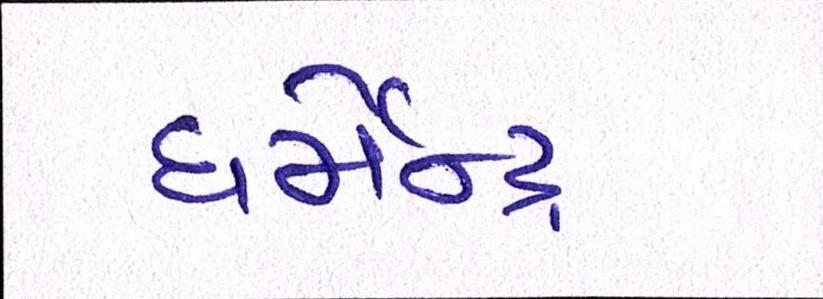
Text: ધર્મેન્દ્ર